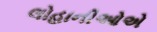
લોહાનીઓએ